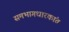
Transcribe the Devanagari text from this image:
समभागधारकांत